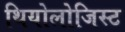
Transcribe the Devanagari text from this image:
थियोलोजिस्ट